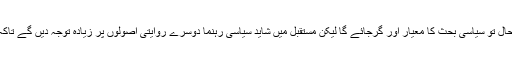
اگر بالآخر یہ اصول ٹوٹتا ہے تو فی الحال تو سیاسی بحث کا معیار اور گرجائے گا لیکن مستقبل میں شاید سیاسی رہنما دوسرے روایتی اصولوں پر زیادہ توجہ دیں گے تاکہ اس اصول کی ضرورت ہی نہ پڑے!